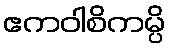
ဧကဝါစိကမ္ပိ